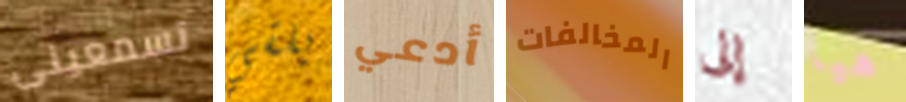
تسمعينى يلقي أدعي المخالفات إلى هيا